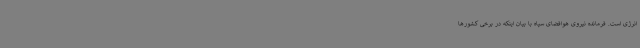
انرژی است. فرمانده نیروی هوافضای سپاه با بیان اینکه در برخی کشورها